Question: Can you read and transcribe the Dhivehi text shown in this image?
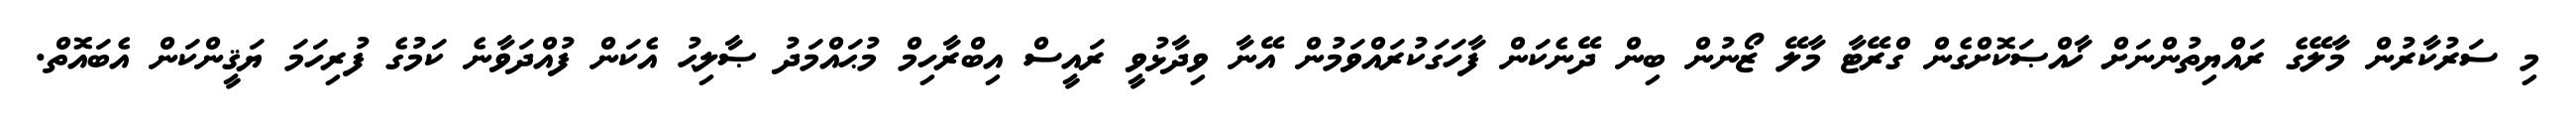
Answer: މި ސަރުކާރުން މާލޭގެ ރައްޔިތުންނަށް ޚާއްޞަކޮށްގެން ގްރޭޓާ މާލޭ ޒޯނުން ބިން ދޭނެކަން ފާހަގަކުރައްވަމުން އޭނާ ވިދާޅުވީ ރައީސް އިބްރާހިމް މުޙައްމަދު ޞާލިޙު އެކަން ފުއްދަވާނެ ކަމުގެ ފުރިހަމަ ޔަޤީންކަން އެބައޮތް.